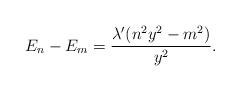
LaTeX: \begin{align*}E_n-E_m=\frac{ \lambda' (n^2y^2-m^2) }{y^2}.\end{align*}